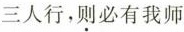
三人行，则必有我师